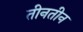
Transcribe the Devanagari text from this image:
तीनतीन